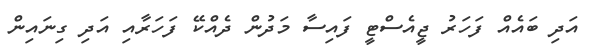
އަދި ބައެއް ފަހަރު ޖީއެސްޓީ ފައިސާ މަދުން ދެއްކޭ ފަހަރާއި އަދި ގިނައިން